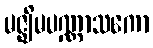
မဇ္ဈိမပဏ္ဏာသကော